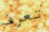
تعرف